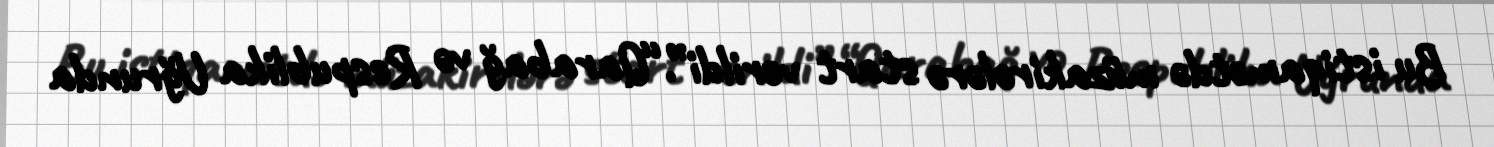
Bu istiqamətdə müzakirələrə start verildi”.“Qarabağ və Respublika Uğrunda